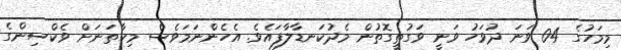
މިމަހުގެ 04 ވަނަ ދުވަހު ވަނީ ވަގުތީގޮތުން މެދުކަނޑާލާފައެވެ. އެހެންނަމަވެސް މިހާތަނަށް ވެކްސިންގެ